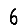
Digit: 6